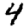
Digit: 4